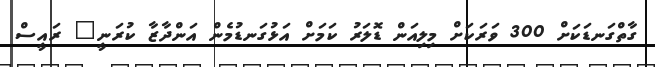
ގާތްގަނޑަކަށް 300 ވަރަކަށް މިލިއަން ޑޮލަރު ކަމަށް އަޅުގަނޑުމެން އަންދާޒާ ކުރަނީ" ރައީސް